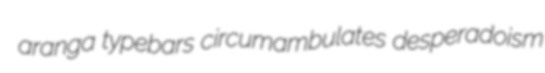
aranga typebars circumambulates desperadoism